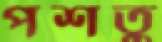
পশতু